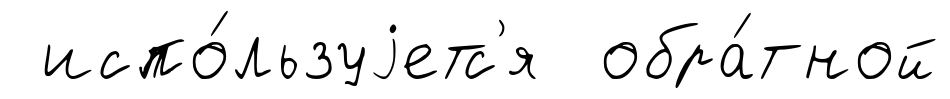
испо́льзуjетс'я обра́тной